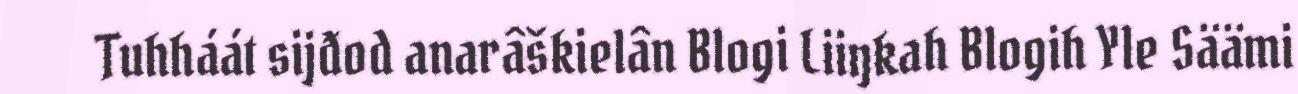
Tuhháát sijđod anarâškielân Blogi Liiŋkah Blogih Yle Säämi